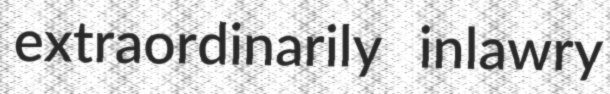
extraordinarily inlawry